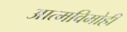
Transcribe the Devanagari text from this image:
आत्मविमोही